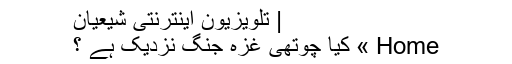
| تلویزیون اینترنتی شیعیان
Home » کیا چوتھی غزہ جنگ نزدیک ہے ؟